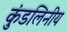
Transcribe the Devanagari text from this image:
कुंडलिनीय